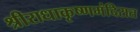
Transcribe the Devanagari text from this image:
श्रीराधाकृष्णमंदिरात